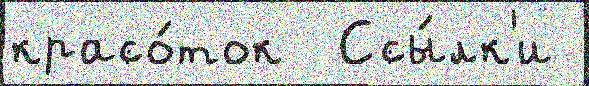
красо́ток  Ссы́лк'и